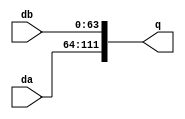
module busmerge(da, db, q
    );
	 input [47:0] da;
	 input [63:0] db;
	 output [111:0] q;
	 
	 assign q = {da,db};
endmodule